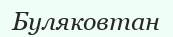
Буляковтан